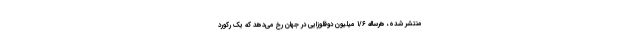
منتشر شده، هرساله ۱/۶ میلیون دوقلوزایی در جهان رخ می‌دهد که یک رکورد